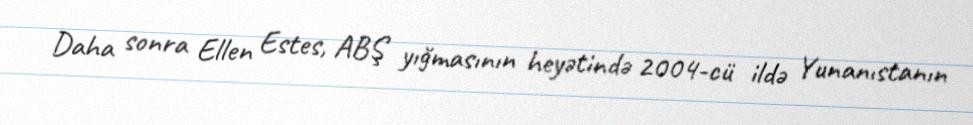
Daha sonra Ellen Estes, ABŞ yığmasının heyətində 2004-cü ildə Yunanıstanın